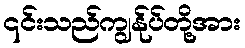
၎င်းသည်ကျွန်ုပ်တို့အား